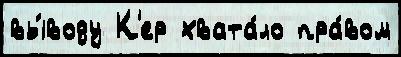
вы́воду К'ер хвата́ло пра́вом